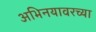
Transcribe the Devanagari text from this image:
अभिनयावरच्या